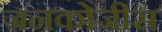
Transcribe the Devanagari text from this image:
जनकोजीस